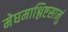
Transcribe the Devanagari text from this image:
मेघमाश्लिष्टसानुं